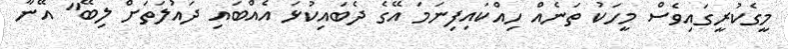
މީގެކުރީގައިވެސް މީހަކު ތަނެއް ހިއްކައިފިނަމަ އޭގެ ދެބައިކުޅަ އެއްބައި ދައުލަތަށް ލިބޭ" އޭނާ